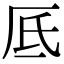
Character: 厎